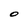
Character: O